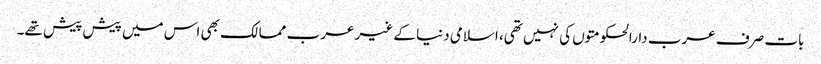
بات صرف عرب دارالحکومتوں کی نہیں تھی، اسلامی دنیا کے غیر عرب ممالک بھی اس میں پیش پیش تھے۔